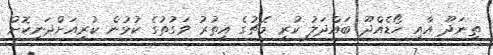
ތިނަދޫ އާއި ހޯޑެއްދޫ ބައްދަލު ކުރި މެޗުގެ އިތުރު ވަގުތުގެ ކުޅުން ކުރިއަށްދަނިކޮށް